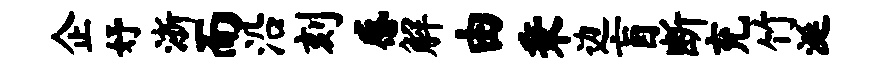
企妤浙而沿刻感解由秉边盲断充竹涎